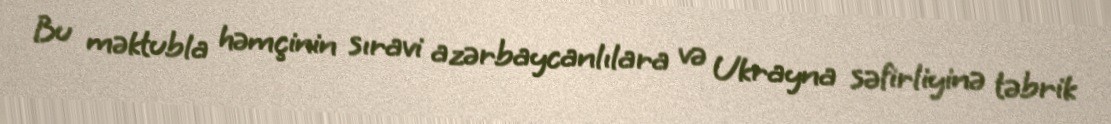
Bu məktubla həmçinin sıravi azərbaycanlılara və Ukrayna səfirliyinə təbrik